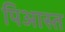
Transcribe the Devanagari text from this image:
पिआस्त